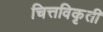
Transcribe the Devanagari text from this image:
चित्तविकृती